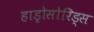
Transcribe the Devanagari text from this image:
हाड्रोसोरिड्स